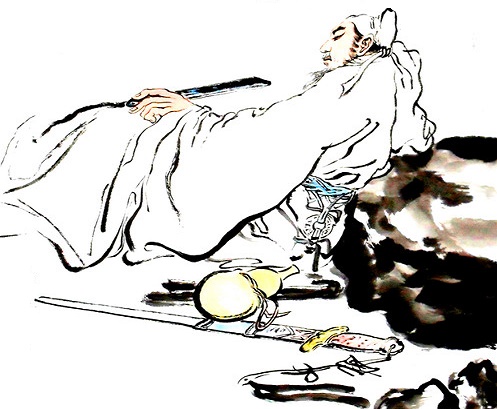
剧辛乐毅感恩分，输肝剖胆效英才。